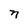
Character: n